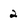
Character: 2